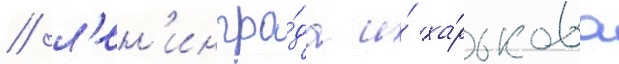
/ л'ен'ингра́да и́ ха́рькова